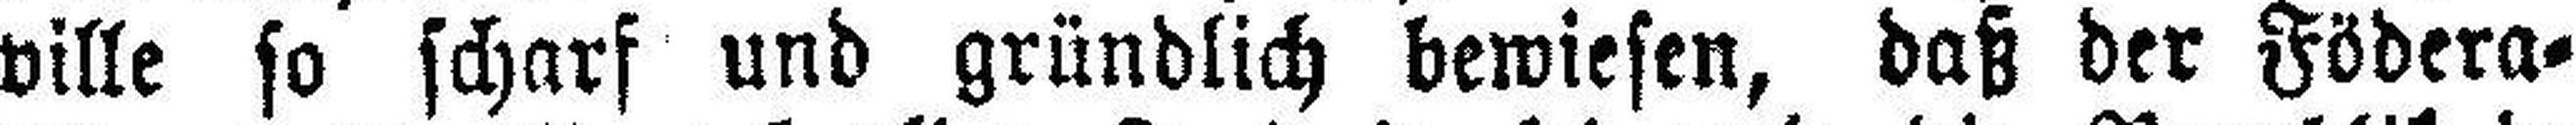
ville so scharf und gründlich bewiesen, daß der Födera¬